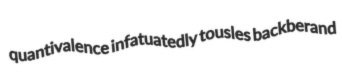
quantivalence infatuatedly tousles backberand